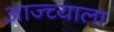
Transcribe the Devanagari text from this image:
आज्च्याला